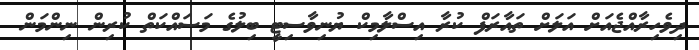
ދިވެހިރާއްޖެއަށް އަލަށް ތައާރަފް ކުރާ އިސްލާމިކް ޔުނިވާސިޓީ ބިލުގެ މަސައްކަތް ކުރިން ނިންމަން